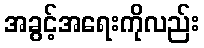
အခွင့်အရေးကိုလည်း